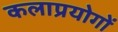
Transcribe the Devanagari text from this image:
कलाप्रयोगों